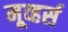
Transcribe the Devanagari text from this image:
मूव्हर्स